Lunatic asylums Madras 1877-1891 - 1877-1891
Year: 1877
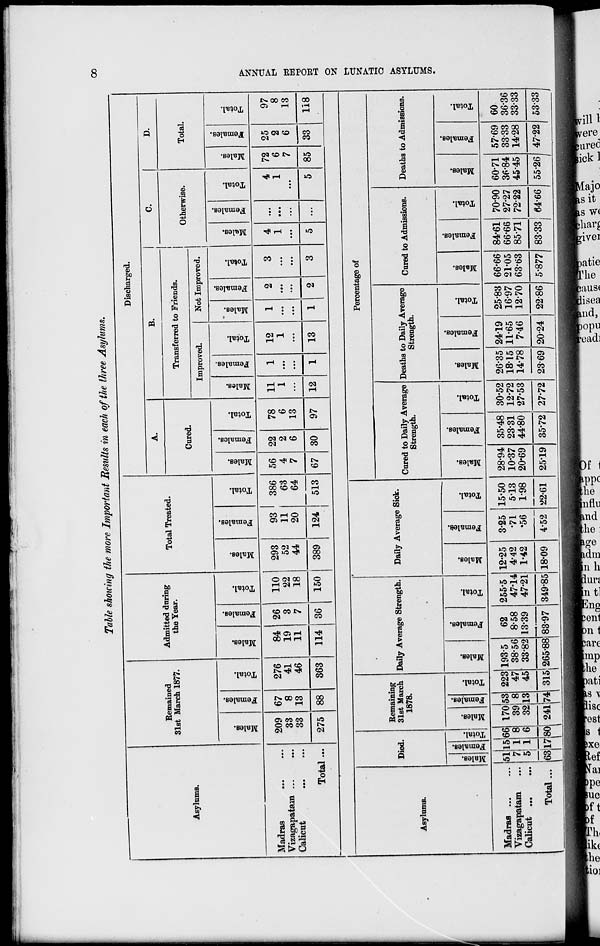
8
ANNUAL REPORT ON LUNATIC ASY
Table showing the more Important Results in each of the three Asylums.
Asylums.
Madras
...
...
Vizagapatam
...
...
Calicut
...
...
Total...
Remained
31st March 1877.
Males.
209
33
33
275
Females.
67
8
13
88
Total.
276
41
46
363
Admitted during
the Tear.
Males.
84
19
11
114
Females.
26
3
7
36
Total.
110
22
18
150
Total Treated.
Males.
293
52
44
389
Females.
93
11
20
124
Total.
386
63
64
513
Discharged.
A.
Cored.
Males.
56
4
7
67
Females.
22
2
6
30
Total.
78
6
13
97
B.
Transferred to Friends.
Improved.
Males.
11
1
...
12
Females.
1
...
...
1
Total.
12
1
...
13
Not Improved.
Males.
1
...
...
1
Females.
2
...
...
2
Total.
3
...
...
3
C.
Otherwise.
Males.
4
1
...
5
Females.
...
...
...
...
Total.
4
1
...
5
D.
Total.
Males.
72
6
7
85
Females.
25
2
6
33
Total.
97
8
13
118
Asylums.
Madras ... ...
Vizagapatam ... ...
Calicut
...
...
Total ...
Died.
Males.
51
7
5
63
Females.
15
1
1
17
Total.
66
8
6
80
Remaining
31st March
1878.
Males.
170
39
32
241
Females.
53
8
13
74
Total.
223
47
45
315
Daily Average Strength.
Males.
193.5
38.56
33.82
265.88
Females.
62
8.58
13.39
83.97
Total.
255.5
47.14
47.21
349.85
Daily Average Sick.
Males.
12.25
4.42
1.42
18.09
Females.
3.25
.71
.56
4.52
Total.
15.50
5.13
1.98
22.61
Percentage of
Cured to Daily Average
Strength.
Males.
28.94
10.37
20.69
2519
Females.
35.48
23.31
44.80
35.72
Total.
30.52
12.72
27.53
27.72
Deaths to Daily Average
Strength.
Males.
26.35
18.15
14.78
23.69
Females.
24.19
11.65
7.46
20.24
Total.
25.83
16.97
12.70
22.86
Cored to Admissions.
Males.
66.66
21.05
63.63
5.877
Females.
84.61
66.66
85.71
83.33
Total.
70.90
27.27
72.22
64.66
Deaths to Admissions.
Males.
60.71
36.84
45.45
55.26
Females.
57.69
33.33
14.28
47.22
Total.
60
36.36
33.33
53.33